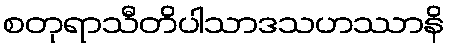
စတုရာသီတိပါသာဒသဟဿာနိ